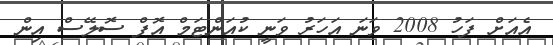
އެއަށް ފަހު 2008 ވަނަ އަހަރު ވަނީ ކުއަންޓަމް އޮފް ސޮލޭސް އިން